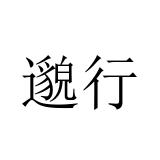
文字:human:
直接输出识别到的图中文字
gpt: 邈行